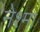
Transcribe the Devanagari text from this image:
नेश्मा